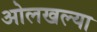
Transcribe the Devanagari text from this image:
ओलखल्या